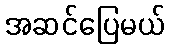
အဆင်ပြေမယ်